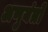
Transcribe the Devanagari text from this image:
अणुयंत्रों